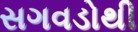
સગવડોથી